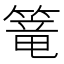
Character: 篭